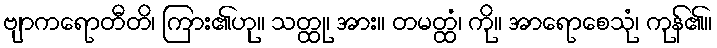
ဗျာကရောတီတိ၊ ကြား၏ဟု။ သတ္ထု၊ အား။ တမတ္ထံ၊ ကို။ အာရောစေသုံ၊ ကုန်၏။